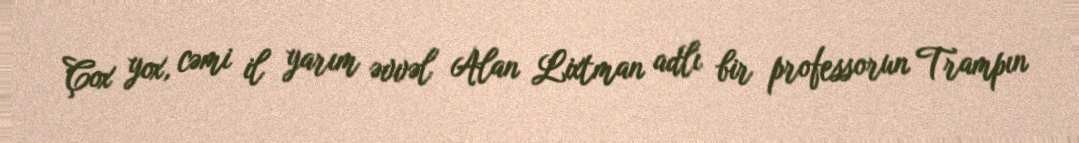
Çox yox, cəmi il yarım əvvəl Alan Lixtman adlı bir professorun Trampın